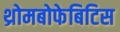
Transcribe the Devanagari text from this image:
थ्रोमबोफेबिटिस